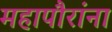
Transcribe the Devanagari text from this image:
महापौरांना